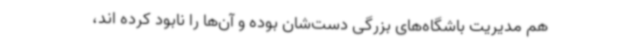
هم مدیریت باشگاه‌های بزرگی دست‌شان بوده و آن‌ها را نابود کرده اند،